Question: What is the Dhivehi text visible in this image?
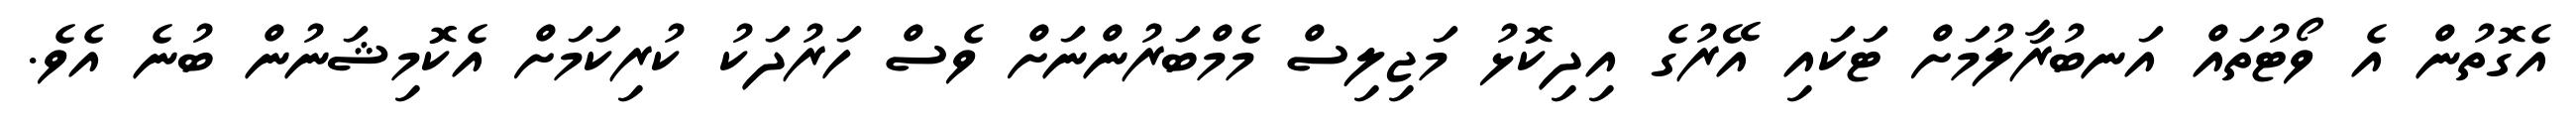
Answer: އެގޮތުން އެ ވޯޓުތައް އަނބުރާލުމަށް ޓަކައި އޭރުގެ އިދިކޮޅު މަޖިލިސް މެމްބަރުންނަށް ވެސް ހަރުދަކު ކުރިކަމަށް އެކޮމިޝަނުން ބުނެ އެވެ.